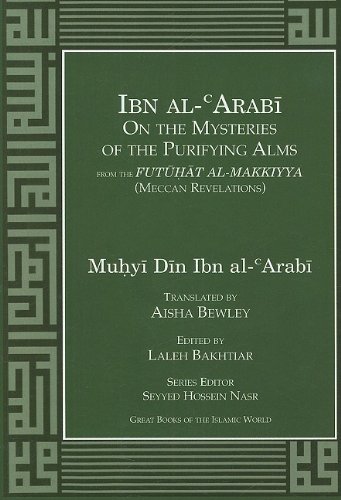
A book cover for Ibn al-Arabi On the Mysteries of the Purifying Alms (Futuhat Al-Makkiyya (Meccan Revelations)); Muhyi al-Din Ibn al-Arabi; Religion & Spirituality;